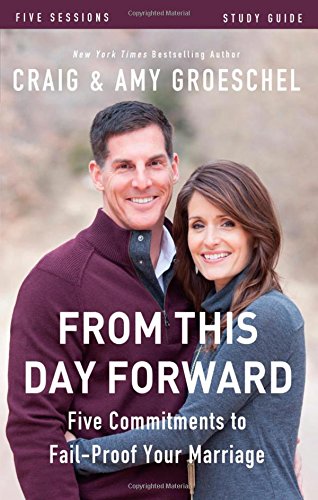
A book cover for From This Day Forward Study Guide: Five Commitments to Fail-Proof Your Marriage; Craig Groeschel; Christian Books & Bibles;